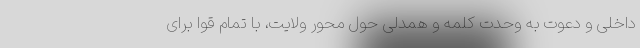
داخلی و دعوت به وحدت کلمه و همدلی حول محور ولایت، با تمام قوا برای